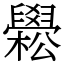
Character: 𦦵